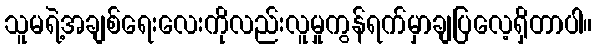
သူမရဲ့အချစ်ရေးလေးကိုလည်းလူမှုကွန်ရက်မှာချပြလေ့ရှိတာပါ။